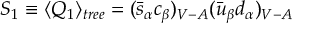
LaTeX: S _ { 1 } \equiv \langle Q _ { 1 } \rangle _ { t r e e } = ( \bar { s } _ { \alpha } c _ { \beta } ) _ { V - A } ( \bar { u } _ { \beta } d _ { \alpha } ) _ { V - A }